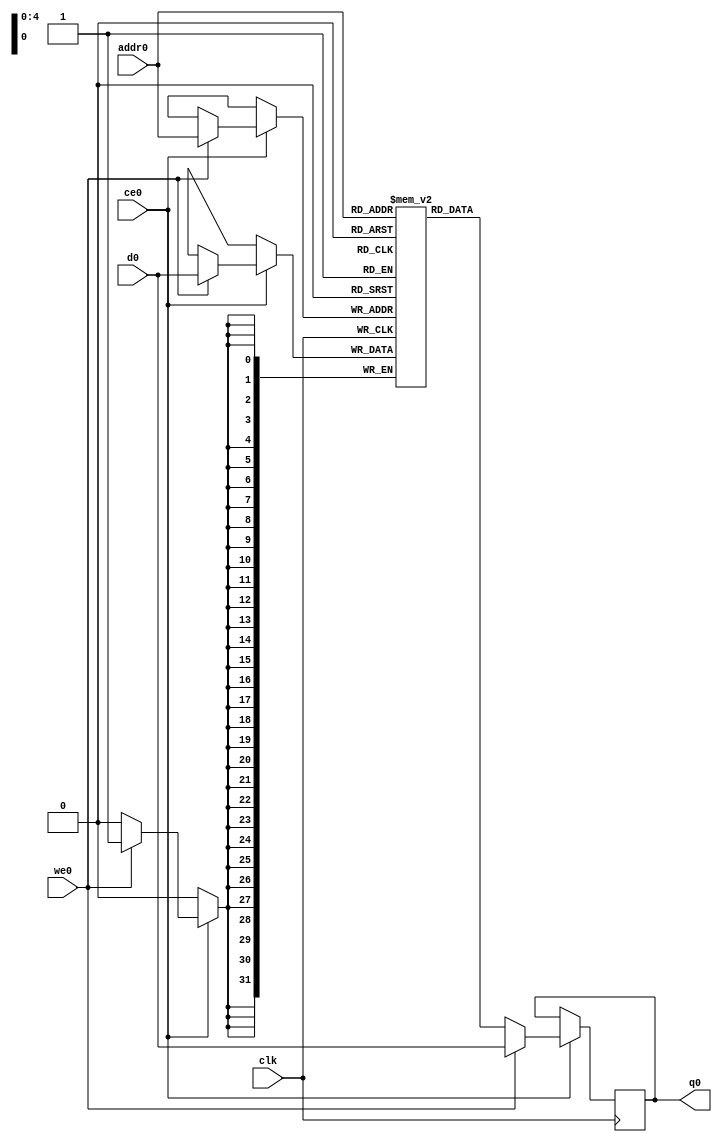
// ==============================================================
// File generated by Vivado(TM) HLS - High-Level Synthesis from C, C++ and SystemC
// Version: 2018.2
// Copyright (C) 1986-2018 Xilinx, Inc. All Rights Reserved.
// 
// ==============================================================

`timescale 1 ns / 1 ps
module dotProduct_5_gradjbC_ram (addr0, ce0, d0, we0, q0,  clk);

parameter DWIDTH = 32;
parameter AWIDTH = 5;
parameter MEM_SIZE = 32;

input[AWIDTH-1:0] addr0;
input ce0;
input[DWIDTH-1:0] d0;
input we0;
output reg[DWIDTH-1:0] q0;
input clk;

(* ram_style = "block" *)reg [DWIDTH-1:0] ram[0:MEM_SIZE-1];




always @(posedge clk)  
begin 
    if (ce0) 
    begin
        if (we0) 
        begin 
            ram[addr0] <= d0; 
            q0 <= d0;
        end 
        else 
            q0 <= ram[addr0];
    end
end


endmodule


`timescale 1 ns / 1 ps
module dotProduct_5_gradjbC(
    reset,
    clk,
    address0,
    ce0,
    we0,
    d0,
    q0);

parameter DataWidth = 32'd32;
parameter AddressRange = 32'd32;
parameter AddressWidth = 32'd5;
input reset;
input clk;
input[AddressWidth - 1:0] address0;
input ce0;
input we0;
input[DataWidth - 1:0] d0;
output[DataWidth - 1:0] q0;



dotProduct_5_gradjbC_ram dotProduct_5_gradjbC_ram_U(
    .clk( clk ),
    .addr0( address0 ),
    .ce0( ce0 ),
    .we0( we0 ),
    .d0( d0 ),
    .q0( q0 ));

endmodule